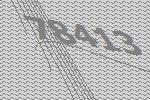
78413